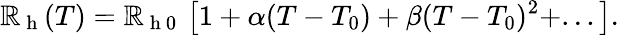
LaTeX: \mathbb{R}_{\mathrm{{~h~}}}(T)=\mathbb{R}_{\mathrm{{~h~0~}}}\left[1+\alpha(T-T_{0})+\beta(T-T_{0})^{2}+...\right]{.}